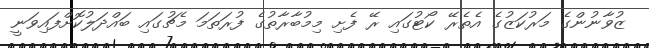
ޒުވާނުންގެ މަރުކަޒުގެ އެތެރޭ ކޯޓުގައި ރޭ ފެށި މިމުބާރާތުގެ ފުރަތަމަ މެޗުގައި ބައްދަލުކޮށްފައިވަނީ